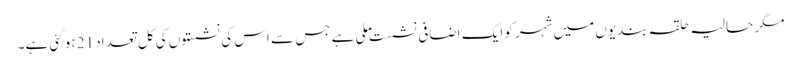
مگر حالیہ حلقہ بندیوں میں شہر کو ایک اضافی نشست ملی ہے جس سے اس کی نشستوں کی کل تعداد 21 ہو گئی ہے۔